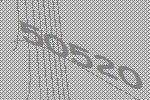
50520